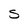
Character: S